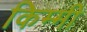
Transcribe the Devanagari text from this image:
किम्मी